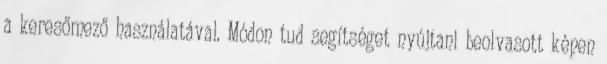
a keresőmező használatával. Módon tud segítséget nyújtani beolvasott képen